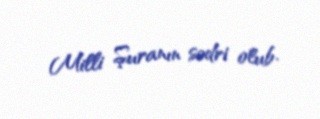
Milli Şuranın sədri olub.